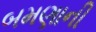
બમણાની